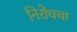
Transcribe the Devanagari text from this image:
निरोधचा